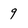
Character: 9